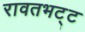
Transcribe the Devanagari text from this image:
रावतभट्ट